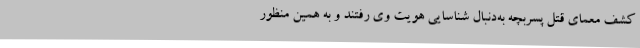
کشف معمای قتل پسربچه به‌دنبال شناسایی هویت وی رفتند و به همین منظور